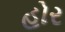
હોર